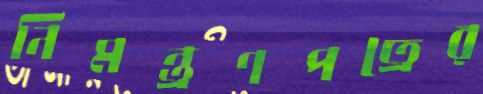
নিমন্ত্রণপত্রের